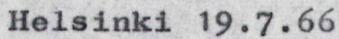
Helsinki 19.7.66